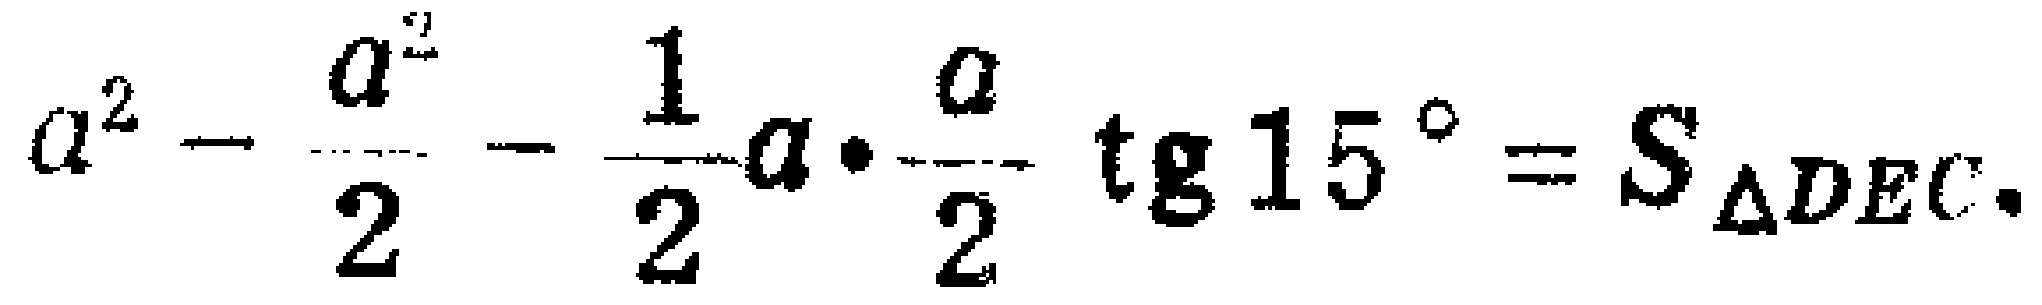
\(a^{2}-\frac{a^{2}}{2}-\frac{1}{2}a\cdot\frac{a}{2}\operatorname{tg}15^{\circ}=S_{\triangle DEC}.\)